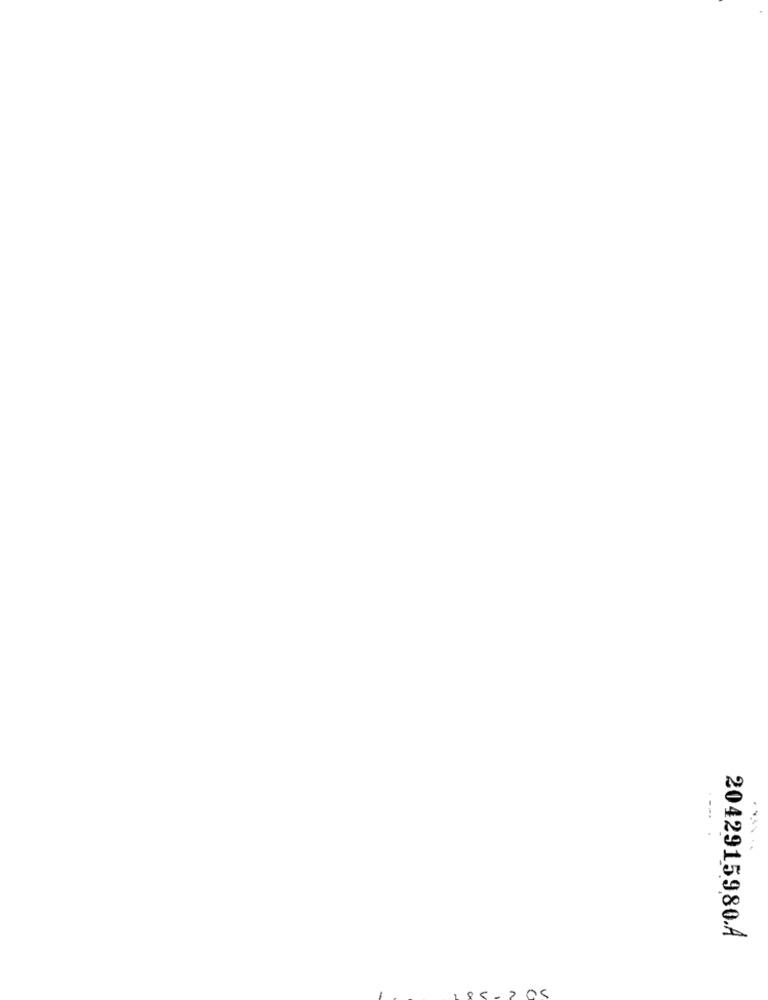
2042915980.A
o e
05